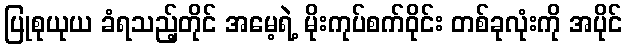
ပြုစုယုယ ခံရသည့်တိုင် အမေ့ရဲ့ မိုးကုပ်စက်ဝိုင်း တစ်ခုလုံးကို အပိုင်